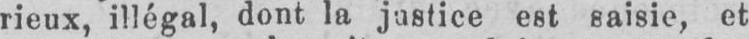
rieux, illégal, dont la justice est saisie, et